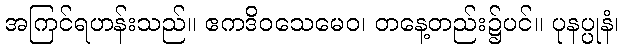
အကြင်ရဟန်းသည်။ ဧကဒိဝသေမေဝ၊ တနေ့တည်း၌ပင်။ ပုနပ္ပုနံ၊